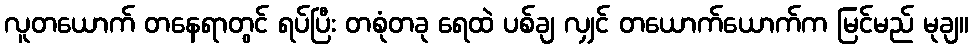
လူတယောက် တနေရာတွင် ရပ်ပြီး တစုံတခု ရေထဲ ပစ်ချ လျှင် တယောက်ယောက်က မြင်မည် မုချ။